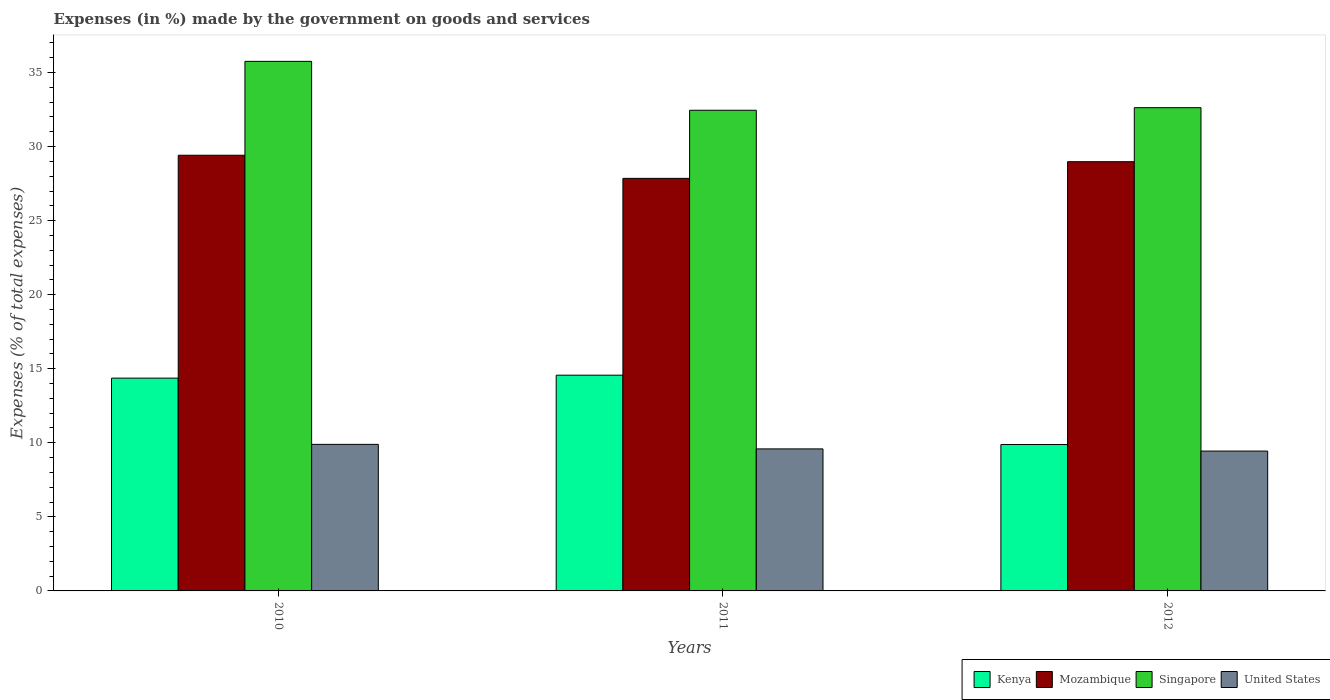
| Years | Kenya | Mozambique | Singapore | United States |
 | --- | --- | --- | --- | --- |
 | 2010 | 14.4 | 29.4 | 35.8 | 9.9 |
 | 2011 | 14.6 | 27.9 | 32.5 | 9.59 |
 | 2012 | 9.88 | 29 | 32.6 | 9.44 |